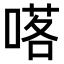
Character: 𠺴